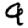
Digit: 9